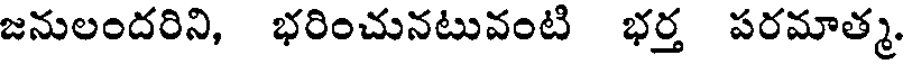
జనులందరిని, భరించునటువంటి భర్త పరమాత్మ.